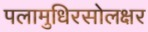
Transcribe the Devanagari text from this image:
पलामुधिरसोलक्षर